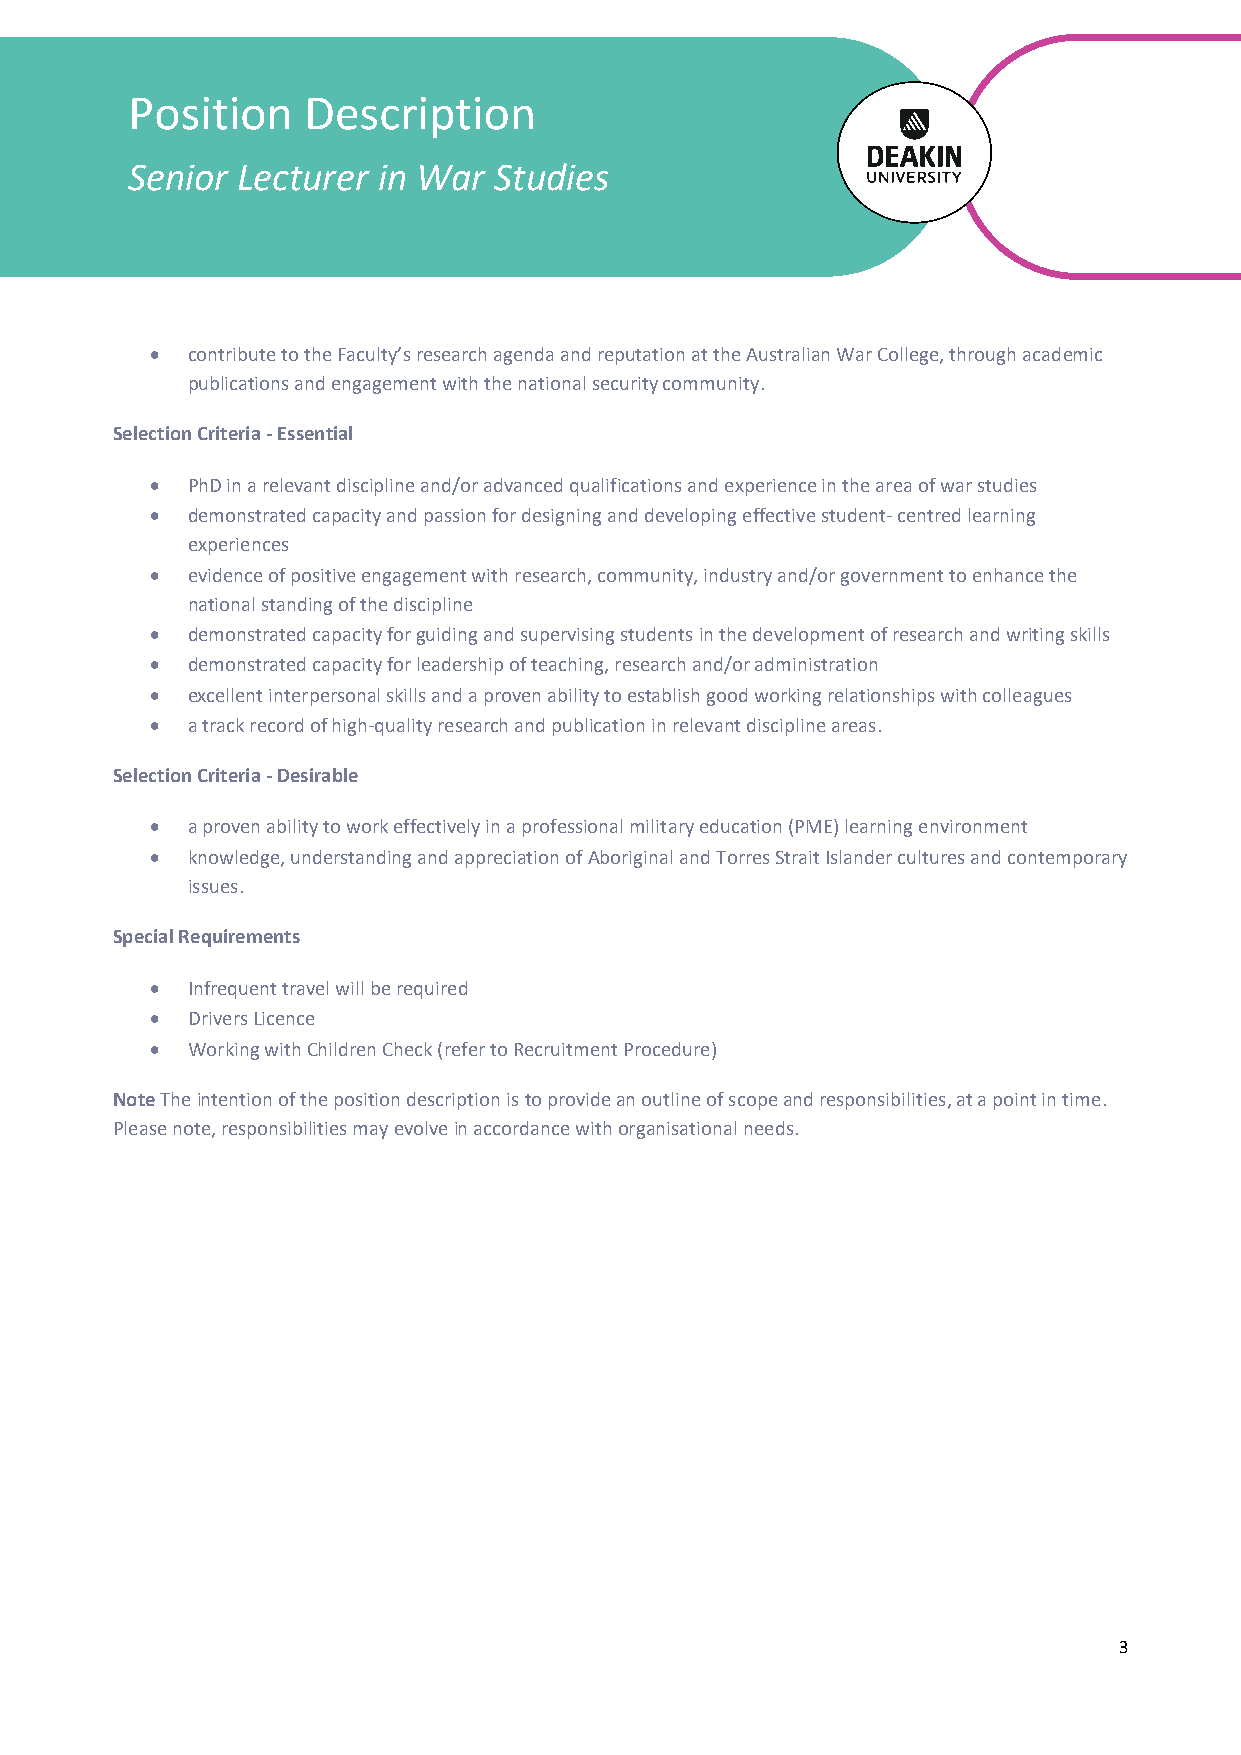
Position    Description
 Senior  Lecturer in War  Studies
 • contribute to the Faculty’s research agenda and reputation at the Australian War College, through academic
 publications and engagement with the national security community.
 Selection Criteria - Essential
 • PhD in a relevant discipline and/or advanced qualifications and experience in the area of war studies
 • demonstrated capacity and passion for designing and developing effective student- centred learning
 experiences
 • evidence of positive engagement with research, community, industry and/or government to enhance the
 national standing of the discipline
 • demonstrated capacity for guiding and supervising students in the development of research and writing skills
 • demonstrated capacity for leadership of teaching, research and/or administration
 • excellent interpersonal skills and a proven ability to establish good working relationships with colleagues
 • a track record of high-quality research and publication in relevant discipline areas.
 Selection Criteria - Desirable
 • a proven ability to work effectively in a professional military education (PME) learning environment
 • knowledge, understanding and appreciation of Aboriginal and Torres Strait Islander cultures and contemporary
 issues.
 Special Requirements
 • Infrequent travel will be required
 • Drivers Licence
 • Working with Children Check (refer to Recruitment Procedure)
 Note The intention of the position description is to provide an outline of scope and responsibilities, at a point in time.
 Please note, responsibilities may evolve in accordance with organisational needs.
 3